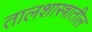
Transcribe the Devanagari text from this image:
तालशास्त्रातील